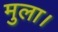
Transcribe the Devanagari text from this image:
मुला।